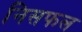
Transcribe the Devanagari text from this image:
निसफल